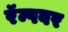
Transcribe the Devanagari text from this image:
रॅम्पवर